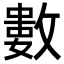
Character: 𢿙